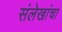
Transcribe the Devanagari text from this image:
संलेखांचा